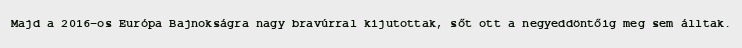
Majd a 2016-os Európa Bajnokságra nagy bravúrral kijutottak, sőt ott a negyeddöntőig meg sem álltak.